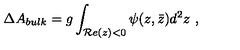
\Delta A _ { b u l k } = g \int _ { { \cal R } e ( z ) < 0 } \psi ( z , \bar { z } ) d ^ { 2 } z \ ,